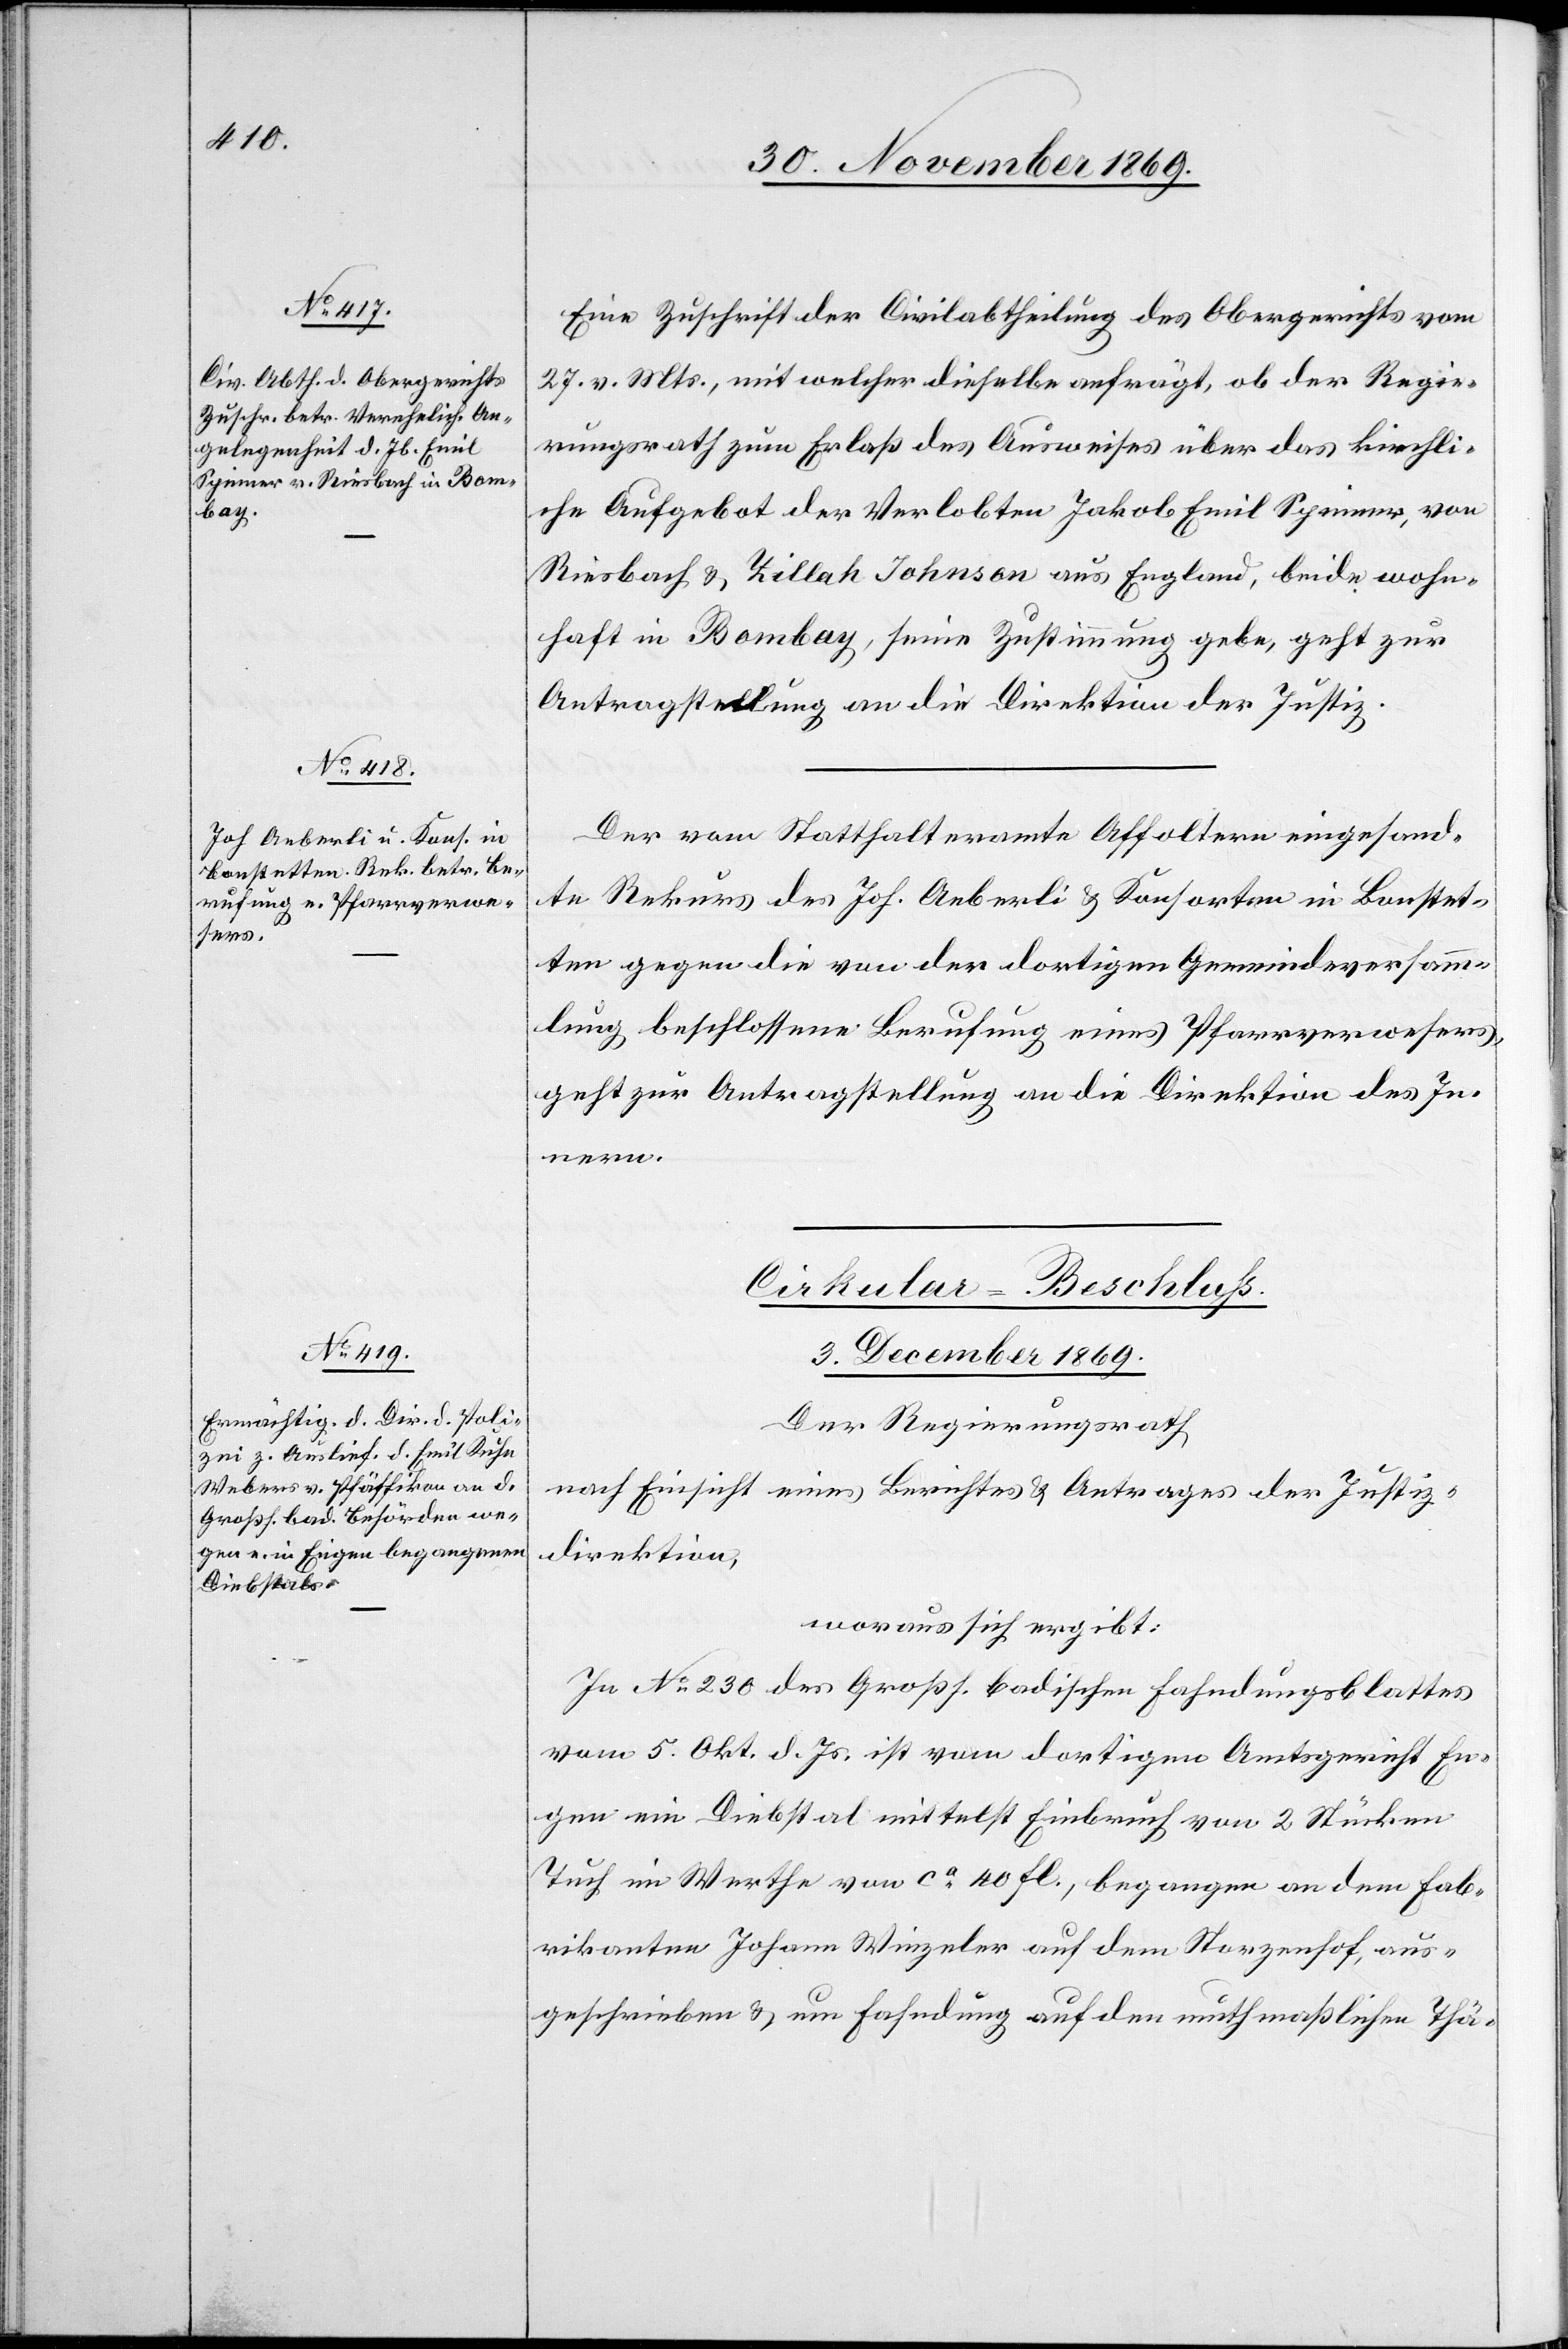
Eine Zuschrift der Civilabtheilung des Obergerichts vom
27. v. Mts., mit welcher dieselbe anfrägt, ob der Regie¬
rungsrath zum Erlaß des Ausweises über das kirchli¬
che Aufgebot der Verlobten Jakob Emil Spinner, von
Riesbach & Zillah Johnson aus England, beide wohn¬
haft in Bombay, seine Zustimmung gebe, geht zur
Antragstellung an die Direktion der Justiz.
Der vom Statthalteramte Affoltern eingesand¬
te Rekurs des Joh. Aeberli & Konsorten in Bonstet¬
ten gegen die von der dortigen Gemeindeversam¬
mlung beschlossene Berufung eines Pfarrverwesers,
geht zur Antragstellung an die Direktion des In¬
nern.
Cirkular-Beschluss.
3. December 1869.
Der Regierungsrath
nach Einsicht eines Berichtes & Antrages der Justiz¬
direktion,
woraus sich ergibt:
In No 230 des Großh. badischen Fahndungsblattes
vom 5. Okt. d. Js. ist vom dortigen Amtsgericht En¬
gen ein Diebstal mittelst Einbruch von 2 Stücken
Tuch im Werthe von ca 40 fl., begangen an dem Fab¬
rikanten Johann Winzeler auf dem Storzenhof, aus¬
geschrieben & um Fahndung auf den muthmaßlichen Thä-